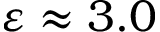
\varepsilon \approx 3 . 0